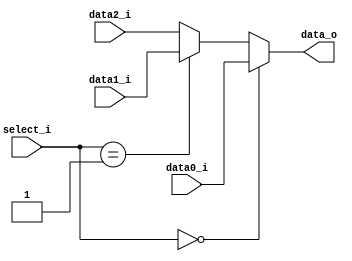
//0316044_0316225
module MUX_3to1(
					data0_i,
               data1_i,
					data2_i,
               select_i,
               data_o
    );
parameter size = 0;
		   
//I/O ports               
input   [size-1:0] data0_i;          
input   [size-1:0] data1_i;
input   [size-1:0] data2_i;
input   [1:0]    select_i;
output  [size-1:0] data_o; 

//Internal Signals
reg     [size-1:0] data_o;

//Main function
always @ (*) begin
    data_o <= (select_i==2'b00) ? data0_i :
				  (select_i==2'b01) ? data1_i : 
					data2_i ;
end

endmodule